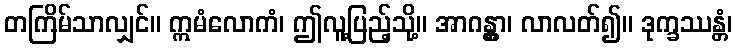
တကြိမ်သာလျှင်။ ဣမံလောကံ၊ ဤလူ့ပြည့်သို့။ အာဂန္တွာ၊ လာလတ်၍။ ဒုက္ခဿန္တံ၊